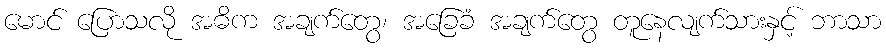
မောင် ပြောသလို အဓိက အချက်တွေ၊ အခြေခံ အချက်တွေ တူနေလျက်သားနှင့် ဘာသာ